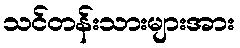
သင်တန်းသားများအား